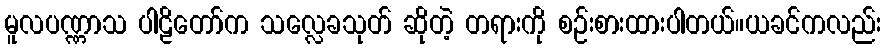
မူလပဏ္ဏာသ ပါဠိတော်က သလ္လေခသုတ် ဆိုတဲ့ တရားကို စဉ်းစားထားပါတယ်။ယခင်ကလည်း